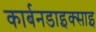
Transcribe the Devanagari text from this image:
कार्बनडाइक्साइ